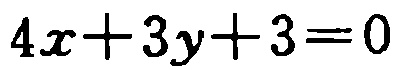
\(4x + 3y + 3 = 0\)